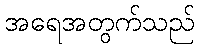
အရေအတွက်သည်